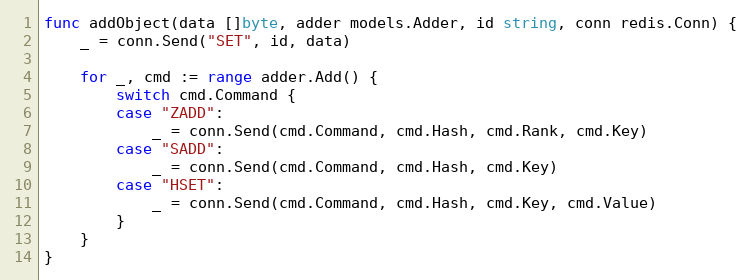
Language: Go
func addObject(data []byte, adder models.Adder, id string, conn redis.Conn) {
	_ = conn.Send("SET", id, data)

	for _, cmd := range adder.Add() {
		switch cmd.Command {
		case "ZADD":
			_ = conn.Send(cmd.Command, cmd.Hash, cmd.Rank, cmd.Key)
		case "SADD":
			_ = conn.Send(cmd.Command, cmd.Hash, cmd.Key)
		case "HSET":
			_ = conn.Send(cmd.Command, cmd.Hash, cmd.Key, cmd.Value)
		}
	}
}